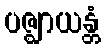
ပဇ္ဈာယန္တံ